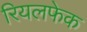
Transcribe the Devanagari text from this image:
रियलफेक